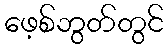
ဖေ့စ်ဘွတ်တွင်